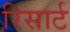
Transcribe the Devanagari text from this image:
रिसार्ट